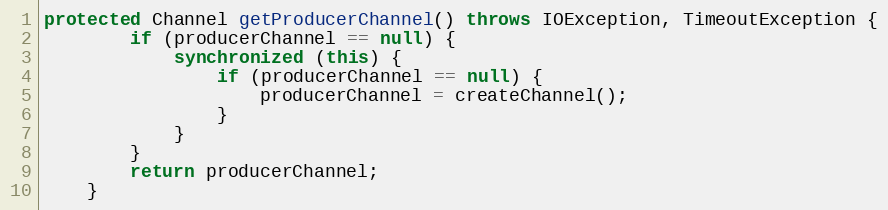
Language: Java
protected Channel getProducerChannel() throws IOException, TimeoutException {
        if (producerChannel == null) {
            synchronized (this) {
                if (producerChannel == null) {
                    producerChannel = createChannel();
                }
            }
        }
        return producerChannel;
    }